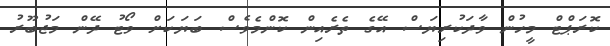
ކޮރަޕްޓް މީހުން ވާދަކުރިޔަސް އޭގެ ތެރެއިން ކޮންމެވެސް ބަޔަކަށް ވޯޓު ދޭން މަޖުބޫރު